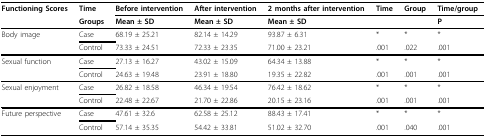
<table><thead><tr><td><b>Functioning Scores</b></td><td><b>Time</b></td><td><b>Before intervention</b></td><td><b>After intervention</b></td><td><b>2 months after intervention</b></td><td><b>Time</b></td><td><b>Group</b></td><td><b>Time/group</b></td></tr><tr><td></td><td><b>Groups</b></td><td><b>Mean ± SD</b></td><td><b>Mean ± SD</b></td><td><b>Mean ± SD</b></td><td></td><td></td><td><b>P</b></td></tr></thead><tbody><tr><td>Body image</td><td>Case</td><td>68.19 ± 25.21</td><td>82.14 ± 14.29</td><td>93.87 ± 6.31</td><td>*</td><td>*</td><td>*</td></tr><tr><td></td><td>Control</td><td>73.33 ± 24.51</td><td>72.33 ± 23.35</td><td>71.00 ± 23.21</td><td>.001</td><td>.022</td><td>.001</td></tr><tr><td>Sexual function</td><td>Case</td><td>27.13 ± 16.27</td><td>43.02 ± 15.09</td><td>64.34 ± 13.88</td><td>*</td><td>*</td><td>*</td></tr><tr><td></td><td>Control</td><td>24.63 ± 19.48</td><td>23.91 ± 18.80</td><td>19.35 ± 22.82</td><td>.001</td><td>.001</td><td>.001</td></tr><tr><td>Sexual enjoyment</td><td>Case</td><td>26.82 ± 18.58</td><td>46.34 ± 19.54</td><td>76.42 ± 18.62</td><td>*</td><td>*</td><td>*</td></tr><tr><td></td><td>Control</td><td>22.48 ± 22.67</td><td>21.70 ± 22.86</td><td>20.15 ± 23.16</td><td>.001</td><td>.001</td><td>.001</td></tr><tr><td>Future perspective</td><td>Case</td><td>47.61 ± 32.6</td><td>62.58 ± 25.12</td><td>88.43 ± 17.41</td><td>*</td><td>*</td><td>*</td></tr><tr><td></td><td>Control</td><td>57.14 ± 35.35</td><td>54.42 ± 33.81</td><td>51.02 ± 32.70</td><td>.001</td><td>.040</td><td>.001</td></tr></tbody></table>